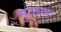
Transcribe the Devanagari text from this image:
मुळातः